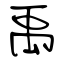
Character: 禹